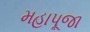
મહાપૂજા